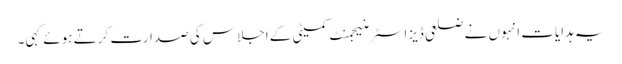
یہ ہدایات انہوں نے ضلعی ڈیزاسٹر منیجمنٹ کمیٹی کے اجلاس کی صدارت کرتے ہوئے کہی۔